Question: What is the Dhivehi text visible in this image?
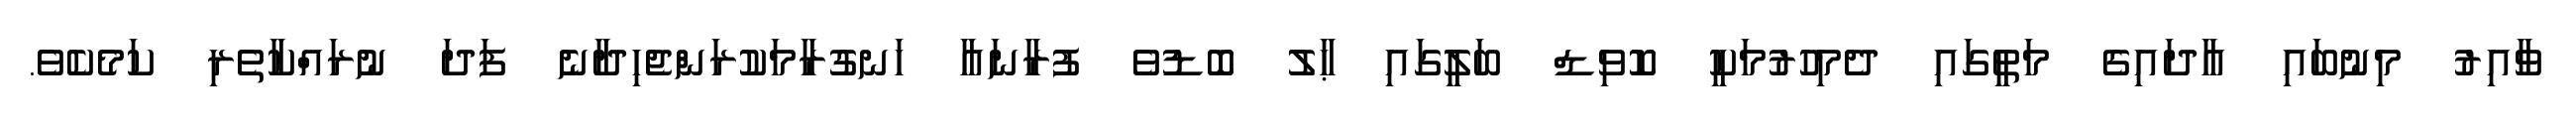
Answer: ވާއިރު މިނުބައި އާދައިގެ މަތީގައި ދެމިހުރުމަކީ ކޮވިޑް ބަލީގައި ޙާލު ބޮޑުވެ ފުރާނައާ ހަނގުރާމަކުރަންޖެހިދާނެ ފަދަ ނުރައްކާތެރި ކަމެކެވެ.